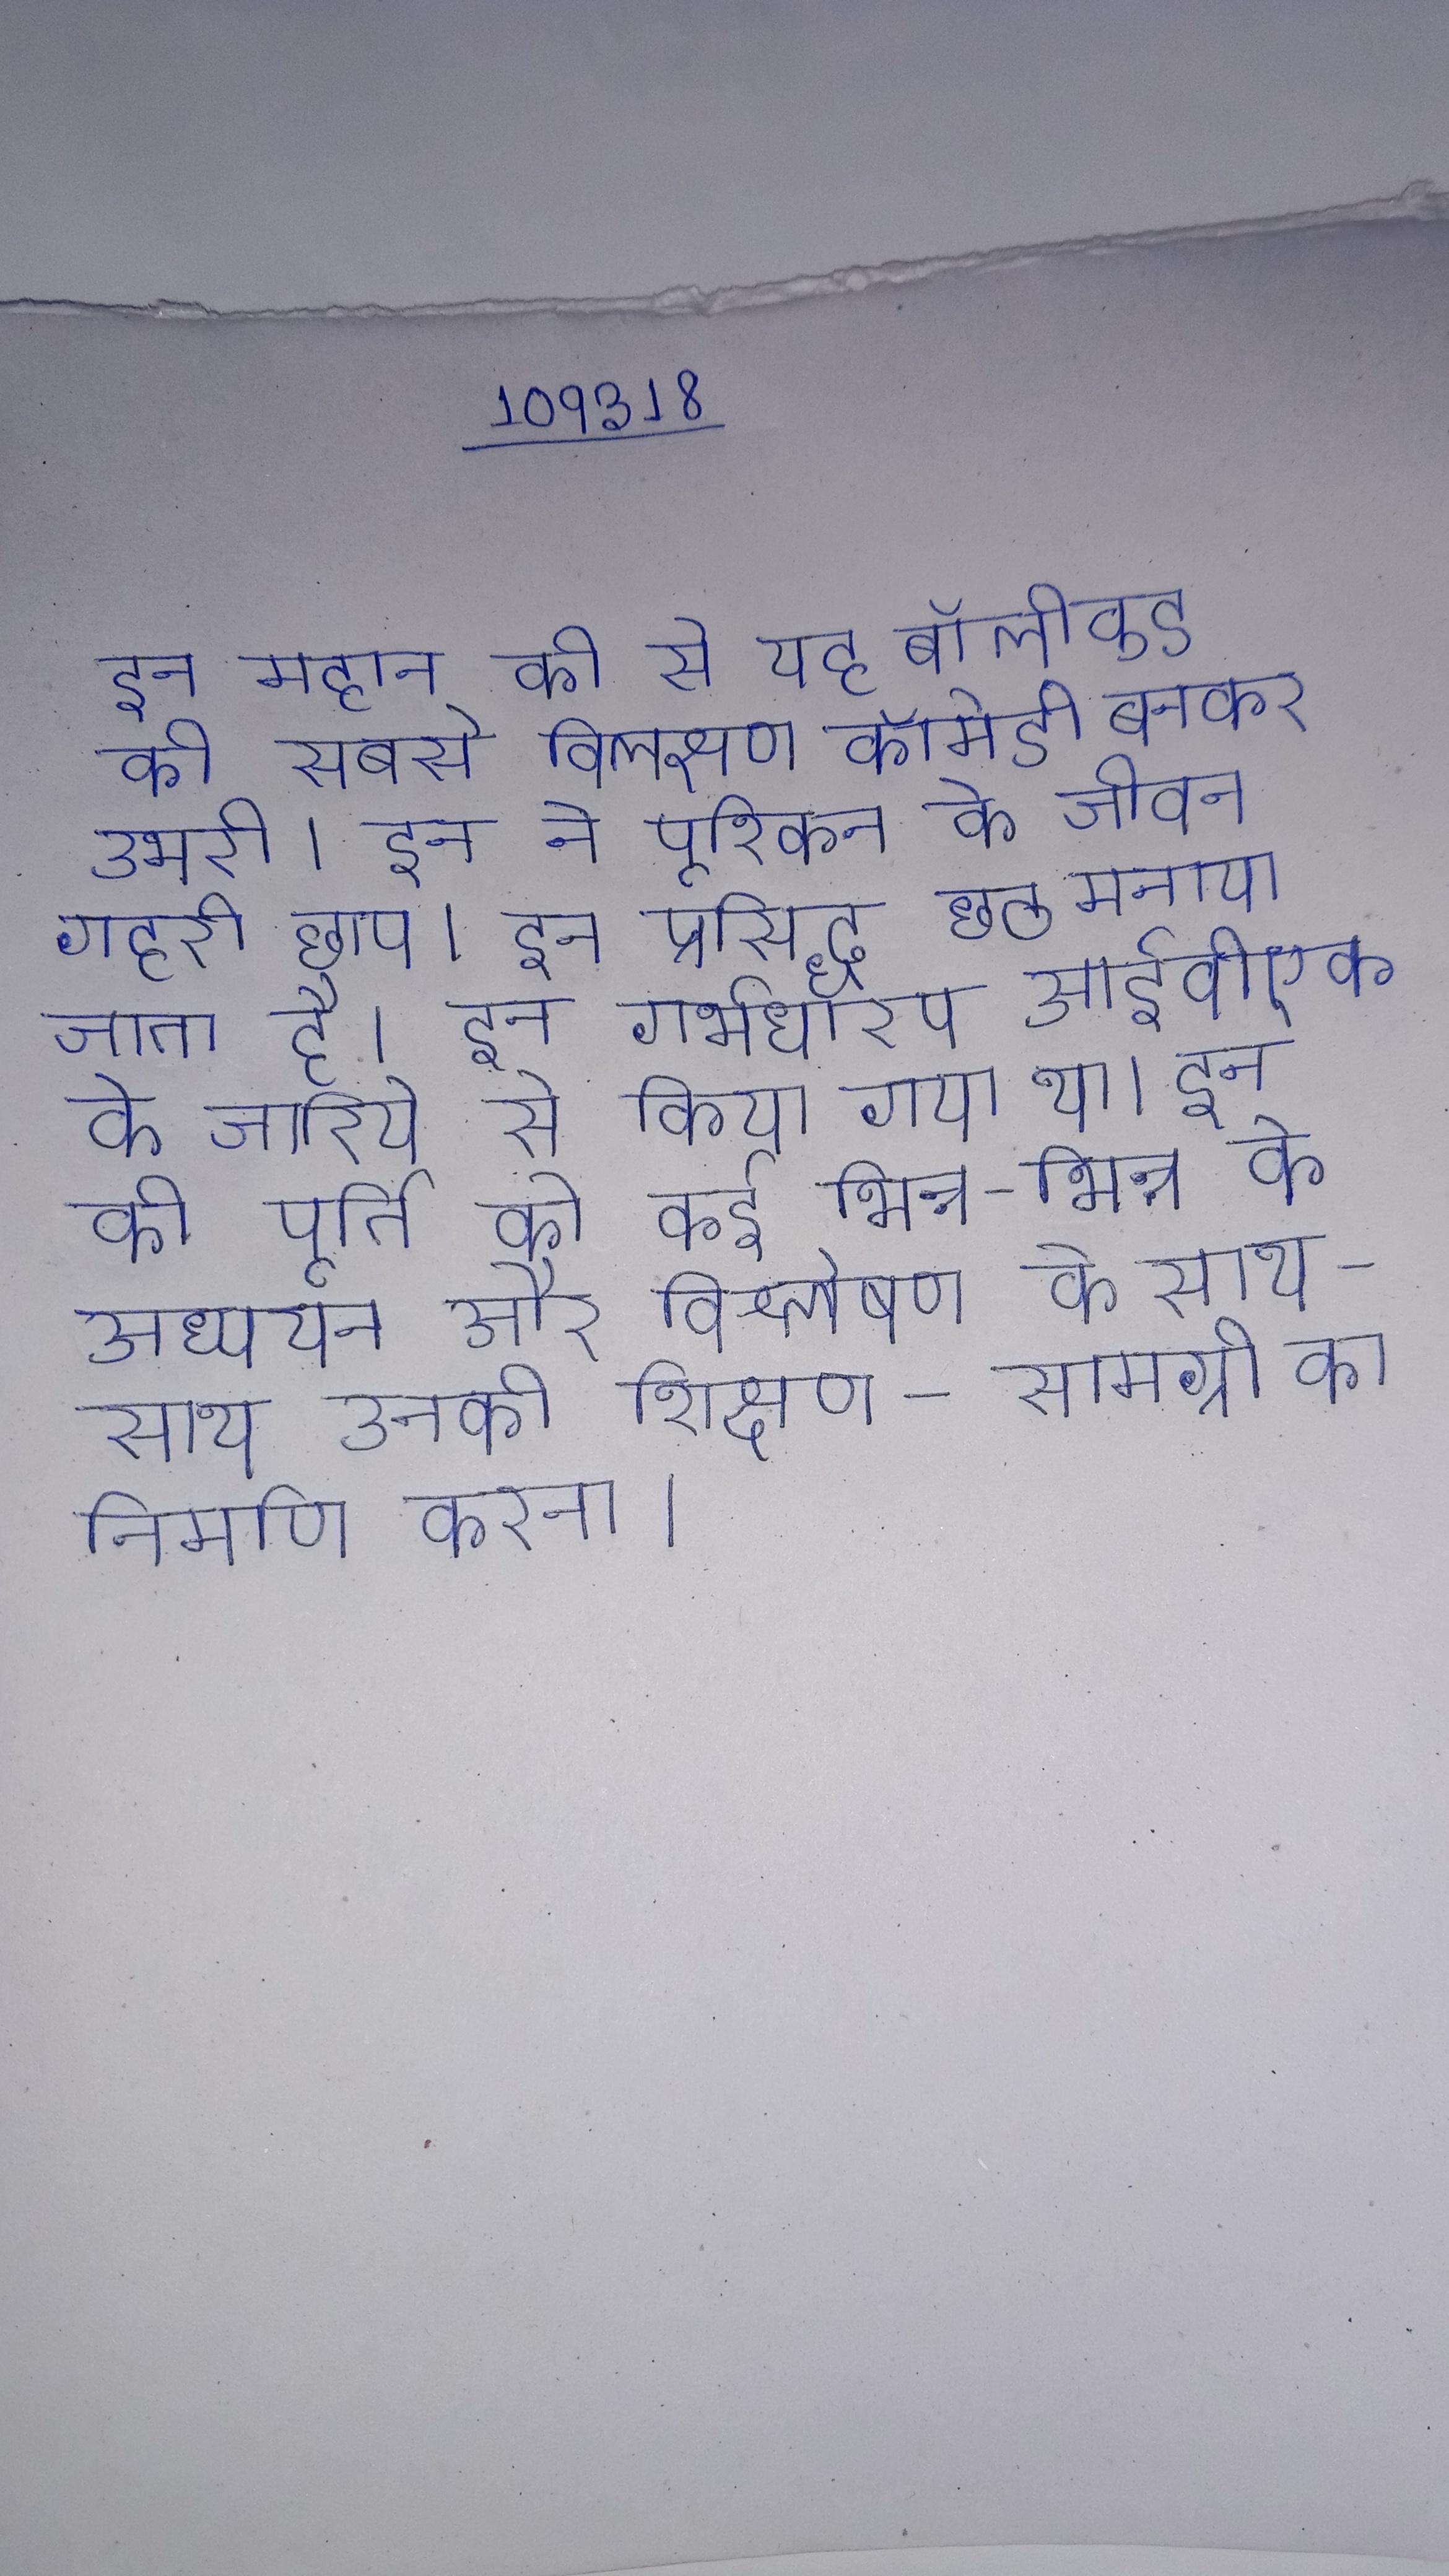
इन महान की से यह बॉलीवुड की सबसे विलक्षण कॉमेडी बनकर उभरी । इन ने पूश्किन के जीवन गहरी छाप । इन प्रसिद्ध छठ मनाया जाता है । इन गर्भधारण आईवीएफ के जरिये से किया गया था । इन की पूर्ति को कई भिन्न-भिन्न के अध्ययन और विश्लेषण के साथ-साथ उनकी शिक्षण-सामग्री का निर्माण करना ।